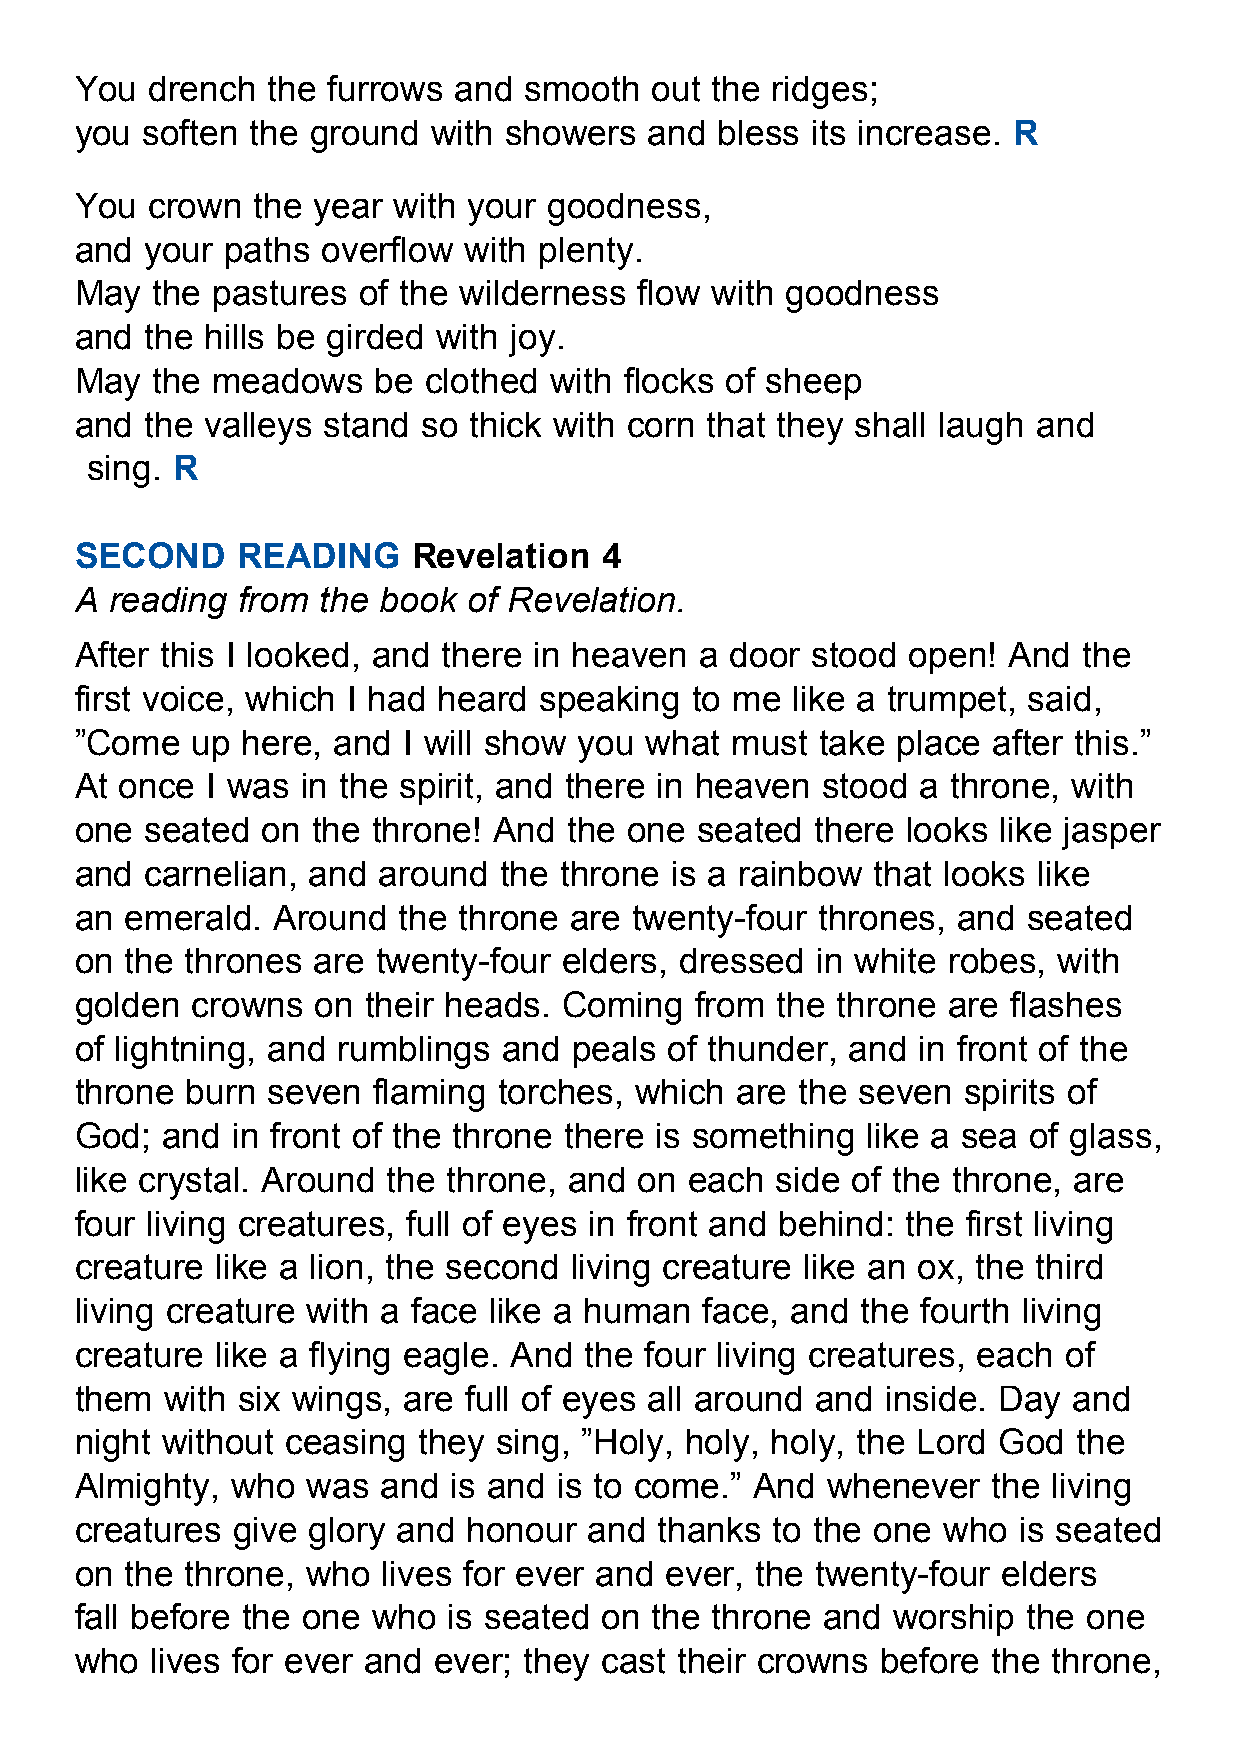
You  drench  the furrows and  smooth  out the ridges;
 you soften  the ground  with showers  and  bless its increase. R
 You  crown  the year with your goodness,
 and  your paths overflow  with plenty.
 May  the pastures  of the wilderness flow with goodness
 and  the hills be girded with joy.
 May  the meadows    be clothed with flocks of sheep
 and  the valleys stand so thick with corn that they shall laugh and
 sing. R
 SECOND     READING    Revelation   4
 A reading  from the book  of Revelation.
 After this I looked, and there in heaven a door  stood open!  And  the
 first voice, which I had heard speaking  to me like a trumpet, said,
 ”Come   up here, and  I will show you what must  take place  after this.”
 At once  I was in the spirit, and there in heaven stood a throne, with
 one  seated on  the throne! And  the one seated  there looks like jasper
 and  carnelian, and around  the throne is a rainbow  that looks like
 an emerald.  Around  the throne  are twenty-four thrones, and  seated
 on the thrones  are twenty-four elders, dressed  in white robes, with
 golden  crowns  on their heads. Coming   from the throne  are flashes
 of lightning, and rumblings and  peals of thunder, and  in front of the
 throne burn  seven  flaming torches, which  are the seven  spirits of
 God;  and in front of the throne there is something like a sea of glass,
 like crystal. Around the throne, and on  each side of the throne, are
 four living creatures, full of eyes in front and behind: the first living
 creature like a lion, the second living creature like an ox, the third
 living creature with a face like a human  face, and the fourth living
 creature like a flying eagle. And the four living creatures, each of
 them  with six wings, are full of eyes all around and inside. Day and
 night without ceasing  they sing, ”Holy, holy, holy, the Lord God the
 Almighty, who  was  and  is and is to come.” And  whenever   the living
 creatures give glory and  honour  and  thanks to the one who  is seated
 on the throne, who  lives for ever and ever, the twenty-four elders
 fall before the one who  is seated on the throne  and worship  the one
 who  lives for ever and ever; they cast their crowns before  the throne,